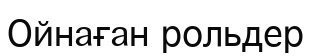
Ойнаған рольдер